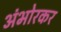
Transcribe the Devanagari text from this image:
अंभोरकर